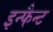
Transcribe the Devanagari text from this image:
इन्फैन्ट